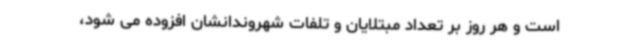
است و هر روز بر تعداد مبتلایان و تلفات شهروندانشان افزوده می شود،